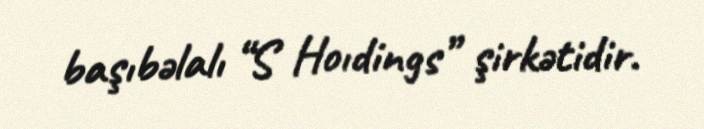
başıbəlalı “S Hoıdings” şirkətidir.